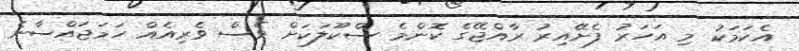
އެކަމަކު މި އަހަރު ފެށޭއިރު ރާއްޖޭގެ ކޮންމެ ސްކޫލަކަށް ވެސް ވެރިއެއް ހަމަޖައްސާނެ